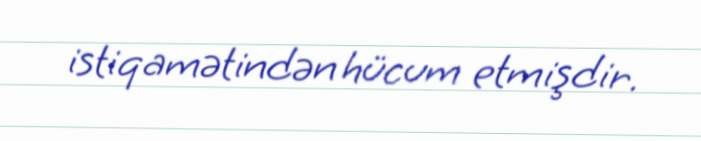
istiqamətindən hücum etmişdir.